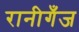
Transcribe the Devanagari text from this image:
रानीगँज